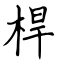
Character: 桿